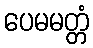
ပေမမတ္တံ